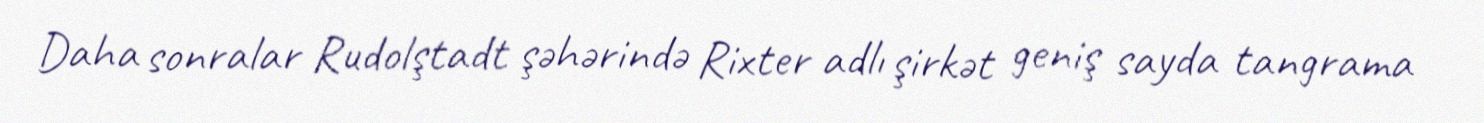
Daha sonralar Rudolştadt şəhərində Rixter adlı şirkət geniş sayda tangrama